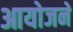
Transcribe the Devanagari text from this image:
आयोजने